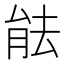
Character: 䏻